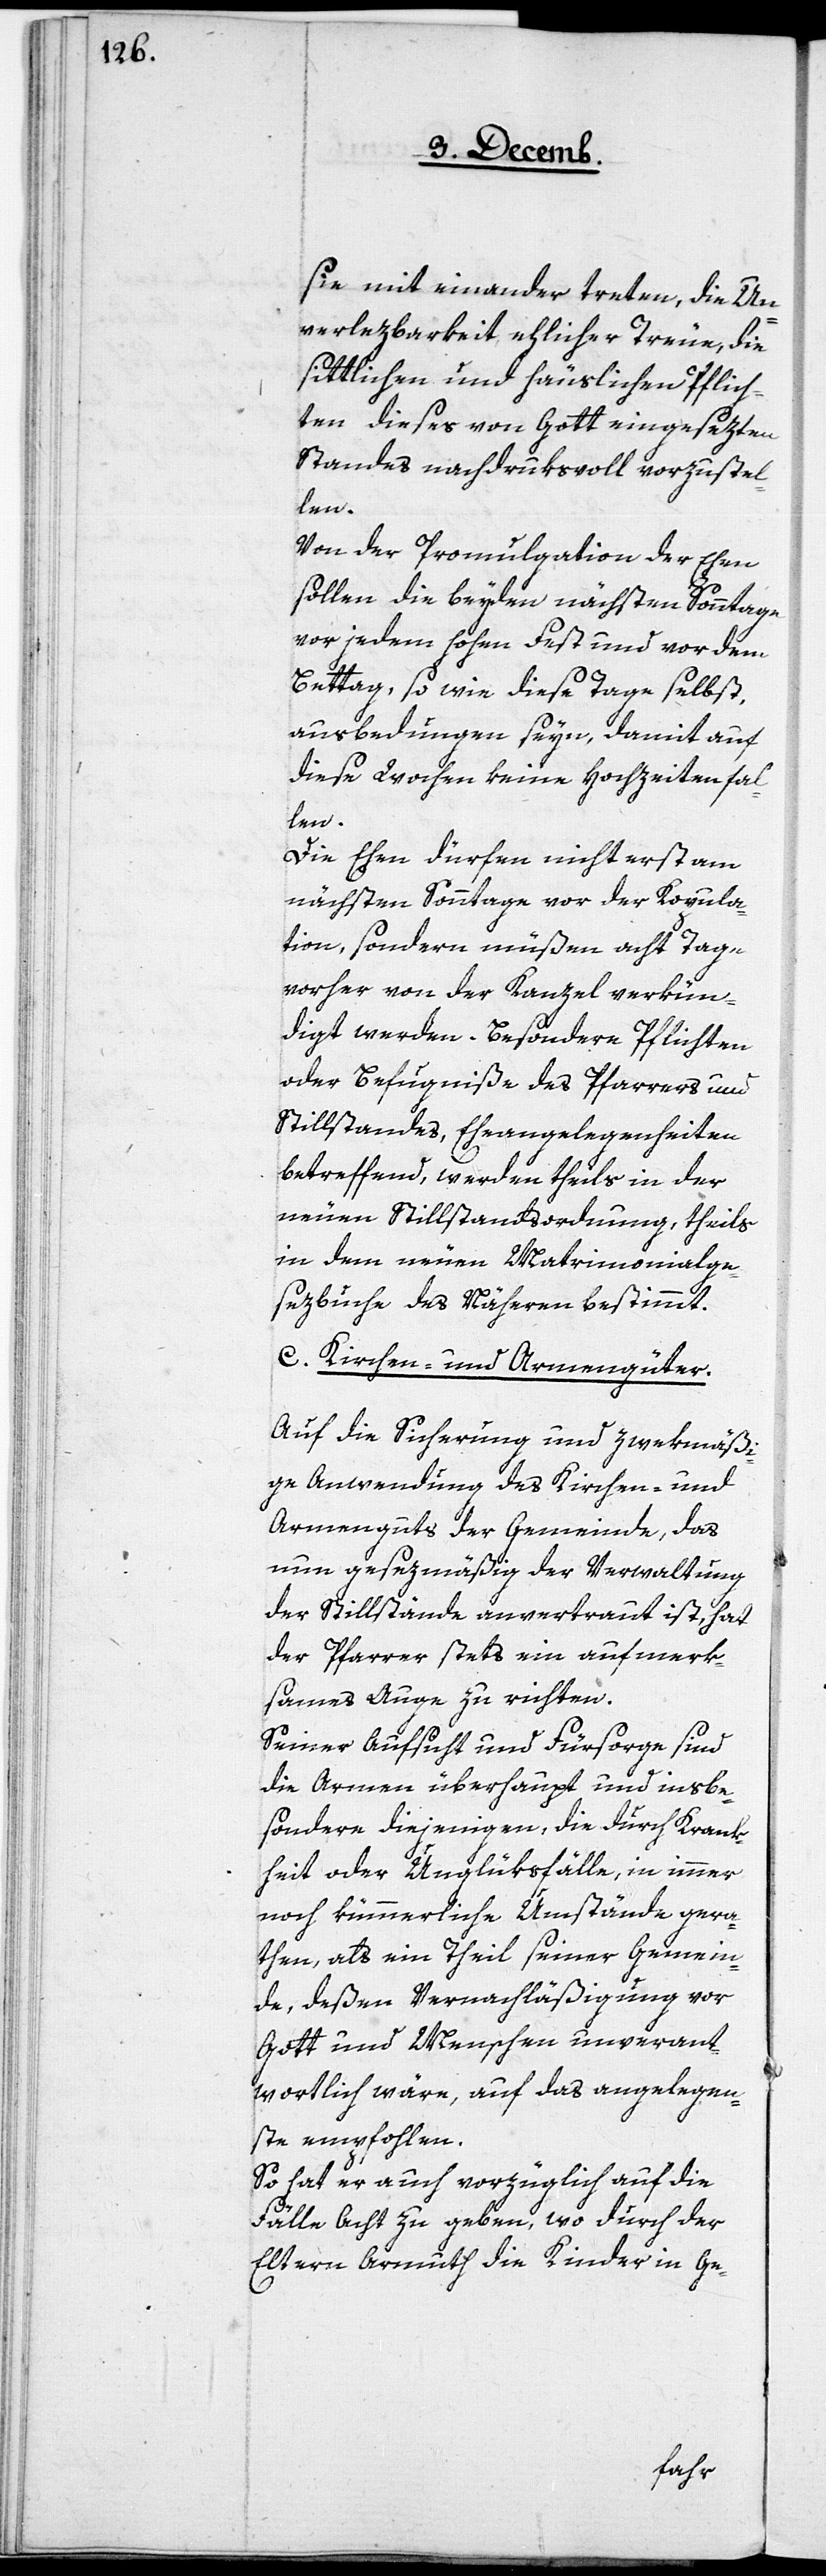
sie mit einander treten, die Un¬
verlezbarkeit ehelicher Treue, die
sittlichen und häuslichen Pflich¬
ten dieses von Gott eingesezten
Standes nachdruksvoll vorzustel¬
len.
Von der Promulgation der Ehen
sollen die beyden nächsten Sonntage
vor jedem hohen Fest und vor dem
Bettag, so wie diese Tage selbst
ausbedungen seyn, damit auf
diese Wochen keine Hochzeiten fal¬
len.
Die Ehen dürfen nicht erst am
nächsten Sonntage vor der Kopula¬
tion, sondern müßen acht Tage
vorher von der Kanzel verkün¬
digt werden. Besondere Pflichten
oder Befugniße des Pfarrers und
Stillstandes, Eheangelegenheiten
betreffend, werden theils in der
neuen Stillstandsordnung, theils
in dem neuen Matrimonialge¬
sezbuche des Nähern bestimmt.
c. Kirchen- und Armengüter.
Auf die Sicherung und zwekmäßi¬
ge Anwendung des Kirchen- und
Armenguts der Gemeinde, das
nun gesezmäßig der Verwaltung
der Stillstände anvertraut ist, hat
der Pfarrer stets ein aufmerk¬
sames Auge zu richten.
Seiner Aufsicht und Fürsorge sind
die Armen überhaupt und insbe¬
sondere diejenigen, die durch Krank¬
heit oder Unglüksfälle, in immer
noch kümmerliche Umstände gera¬
then, als ein Theil seiner Gemein¬
de, deßen Vernachläßigung vor
Gott und Menschen unverant¬
wortlich wäre, auf das angelegen¬
ste empfohlen.
So hat er auch vorzüglich auf die
Fälle Acht zu geben, wo durch der
Eltern Armuth die Kinder in Ge-